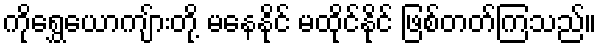
ကိုရွှေယောကျ်ားတို့ မနေနိုင် မထိုင်နိုင် ဖြစ်တတ်ကြသည်။